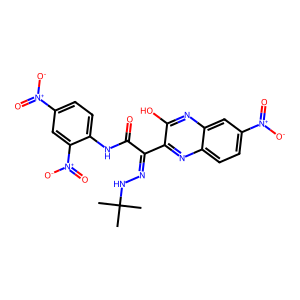
SMILES: CC(C)(C)NN=C(C(=O)Nc1ccc([N+](=O)[O-])cc1[N+](=O)[O-])c1nc2ccc([N+](=O)[O-])cc2nc1O
Inhibits HIV replication: No